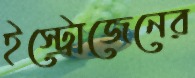
ইস্ট্রোজেনের